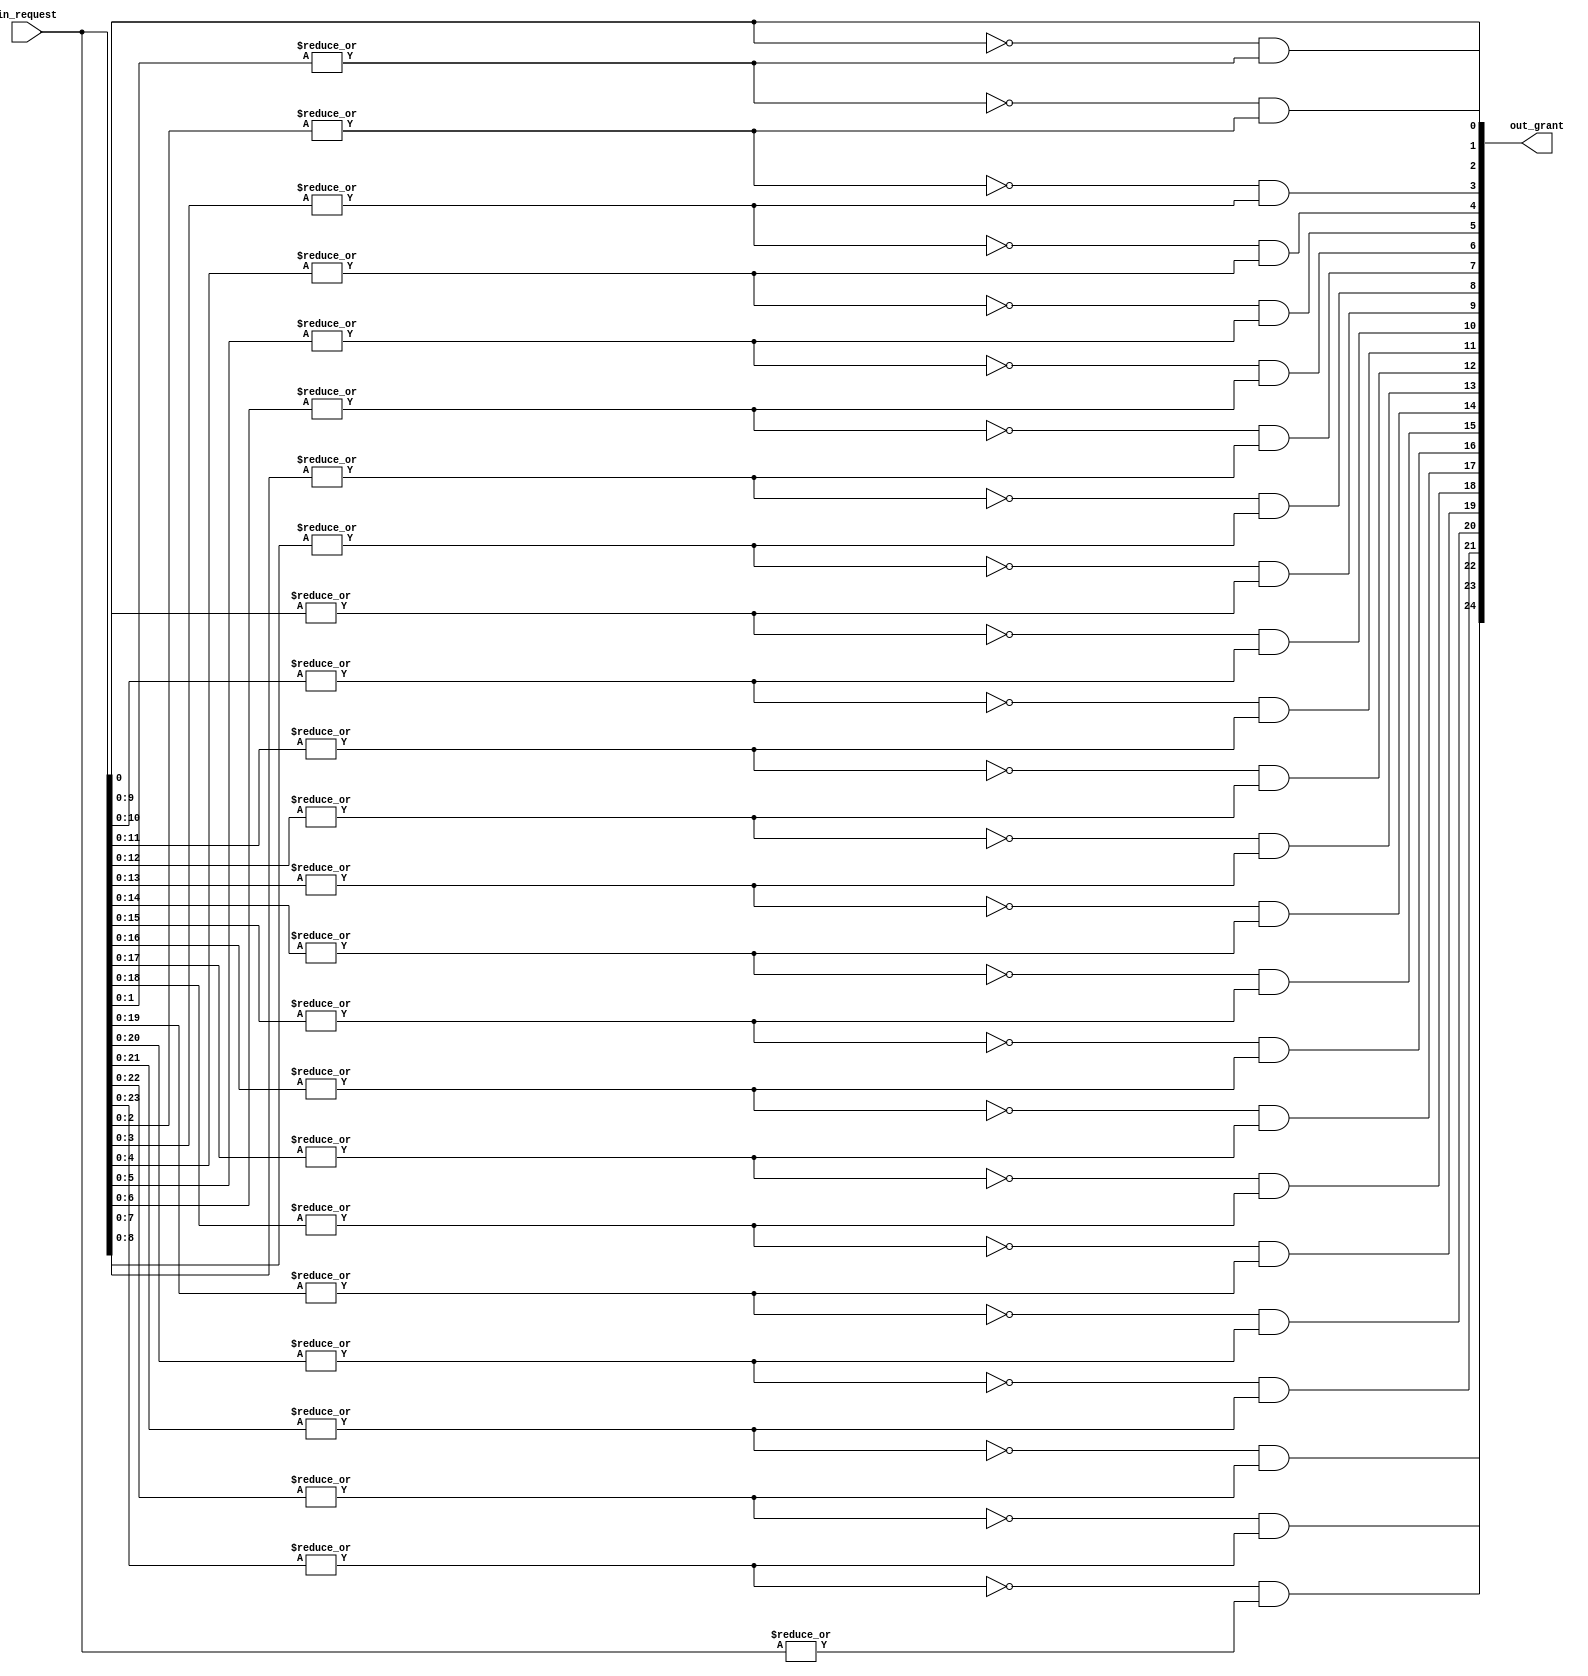
`timescale 1ns / 1ps
//////////////////////////////////////////////////////////////////////////////////
// Company: 
// Engineer: 
// 
// Design Name: 
// Module Name: simple_priority_encoder
// Project Name: 
// Target Devices: 
// Tool Versions: 
// Description: 
// 
// Dependencies: 
// 
// Revision:
// Revision 0.01 - File Created
// Additional Comments:
// 
//////////////////////////////////////////////////////////////////////////////////
module simple_priority_encoder #(
parameter N = 25
) (
input  [N - 1 : 0] in_request,
output [N - 1 : 0] out_grant
);
wire [N - 1 : 0] mask_request;
generate
   genvar i;
   for(i = 0; i < N; i = i + 1) begin:spe_mask
      assign mask_request[i] = | in_request[i : 0];
   end
   assign out_grant[0] = in_request[0];
   for(i = 1; i < N; i = i + 1) begin:spe_grant
      assign out_grant[i] = (~mask_request[i - 1]) &  mask_request[i];
   end
endgenerate
endmodule